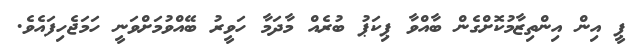
ޕީ އިން އިންތިޒާމުކޮށްގެން ބާއްވާ ޕިކަޕު ބުރެއް މާދަމާ ހަވީރު ބޭއްވުމަށްވަނީ ހަމަޖެހިފައެވެ.